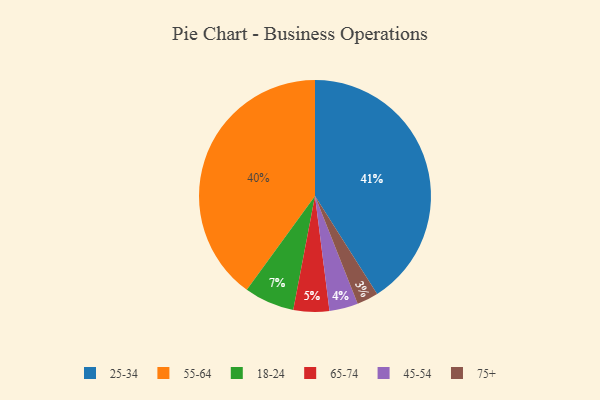
{"axis": {"x": "Category", "y": "Percentage"}, "legend": ["18-24", "25-34", "45-54", "55-64", "65-74", "75+"], "data": [{"x": "25-34", "y": 41, "type": "25-34"}, {"x": "75+", "y": 3, "type": "75+"}, {"x": "55-64", "y": 40, "type": "55-64"}, {"x": "45-54", "y": 4, "type": "45-54"}, {"x": "18-24", "y": 7, "type": "18-24"}, {"x": "65-74", "y": 5, "type": "65-74"}]}